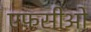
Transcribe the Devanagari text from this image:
एफसीओ